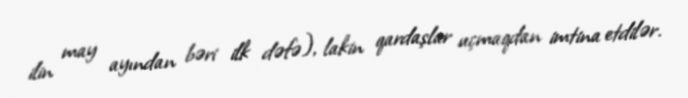
ilin may ayından bəri ilk dəfə), lakin qardaşlar uçmaqdan imtina etdilər.